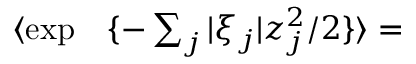
\begin{array} { r l } { \langle \exp } & { { } \{ - \sum _ { j } | \xi _ { j } | z _ { j } ^ { 2 } / 2 \} \rangle = } \end{array}